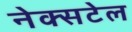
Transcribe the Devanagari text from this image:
नेक्सटेल